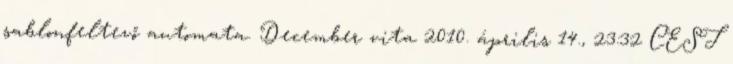
sablonfeltevő automata. December vita 2010. április 14., 23:32 CEST